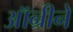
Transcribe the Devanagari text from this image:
ऑन्रीने